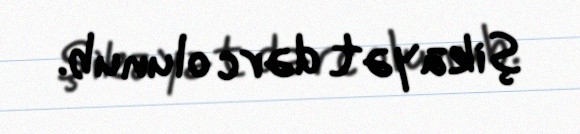
şikayət dərc olunub.